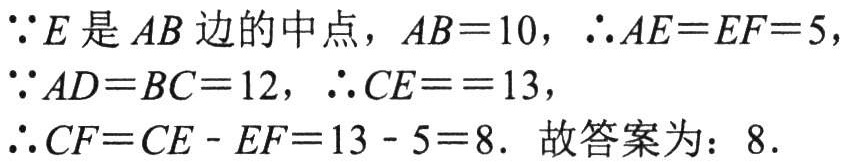
\(\because E\) 是 \(AB\) 边的中点，\(AB = 10\)，\(\therefore AE = EF = 5\)，
\(\because AD = BC = 12\)，\(\therefore CE == 13\)，
\(\therefore CF=CE - EF=13 - 5 = 8\). 故答案为：\(8\).